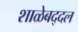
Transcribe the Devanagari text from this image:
शाळेबद्दल